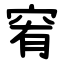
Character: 䆜